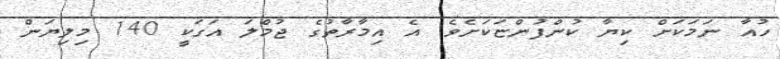
ހުއާ ނަމަކަށް ކިޔާ ކުންފުންޏަކަށެވެ. އެ އިމާރާތުގެ ޖުމްލަ އަގަކީ 140 މިލިޔަން